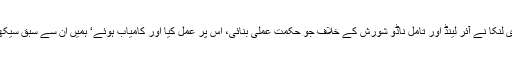
برطانیہ اور سری لنکا نے آئر لینڈ اور تامل ناڈو شورش کے خلاف جو حکمت عملی بنائی، اس پر عمل کیا اور کامیاب ہوئے‘ ہمیں ان سے سبق سیکھنا ضروری ہے۔